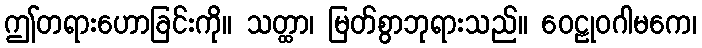
ဤတရားဟောခြင်းကို။ သတ္ထာ၊ မြတ်စွာဘုရားသည်။ ဝေဠုဝဂါမကေ၊